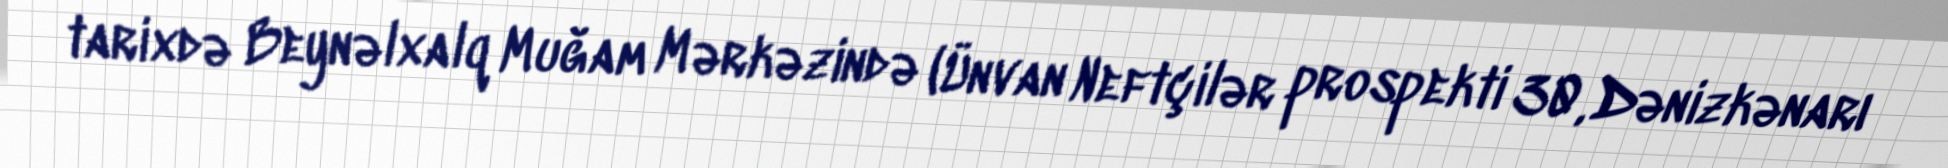
tarixdə Beynəlxalq Muğam Mərkəzində (Ünvan Neftçilər prospekti 30, Dənizkənarı